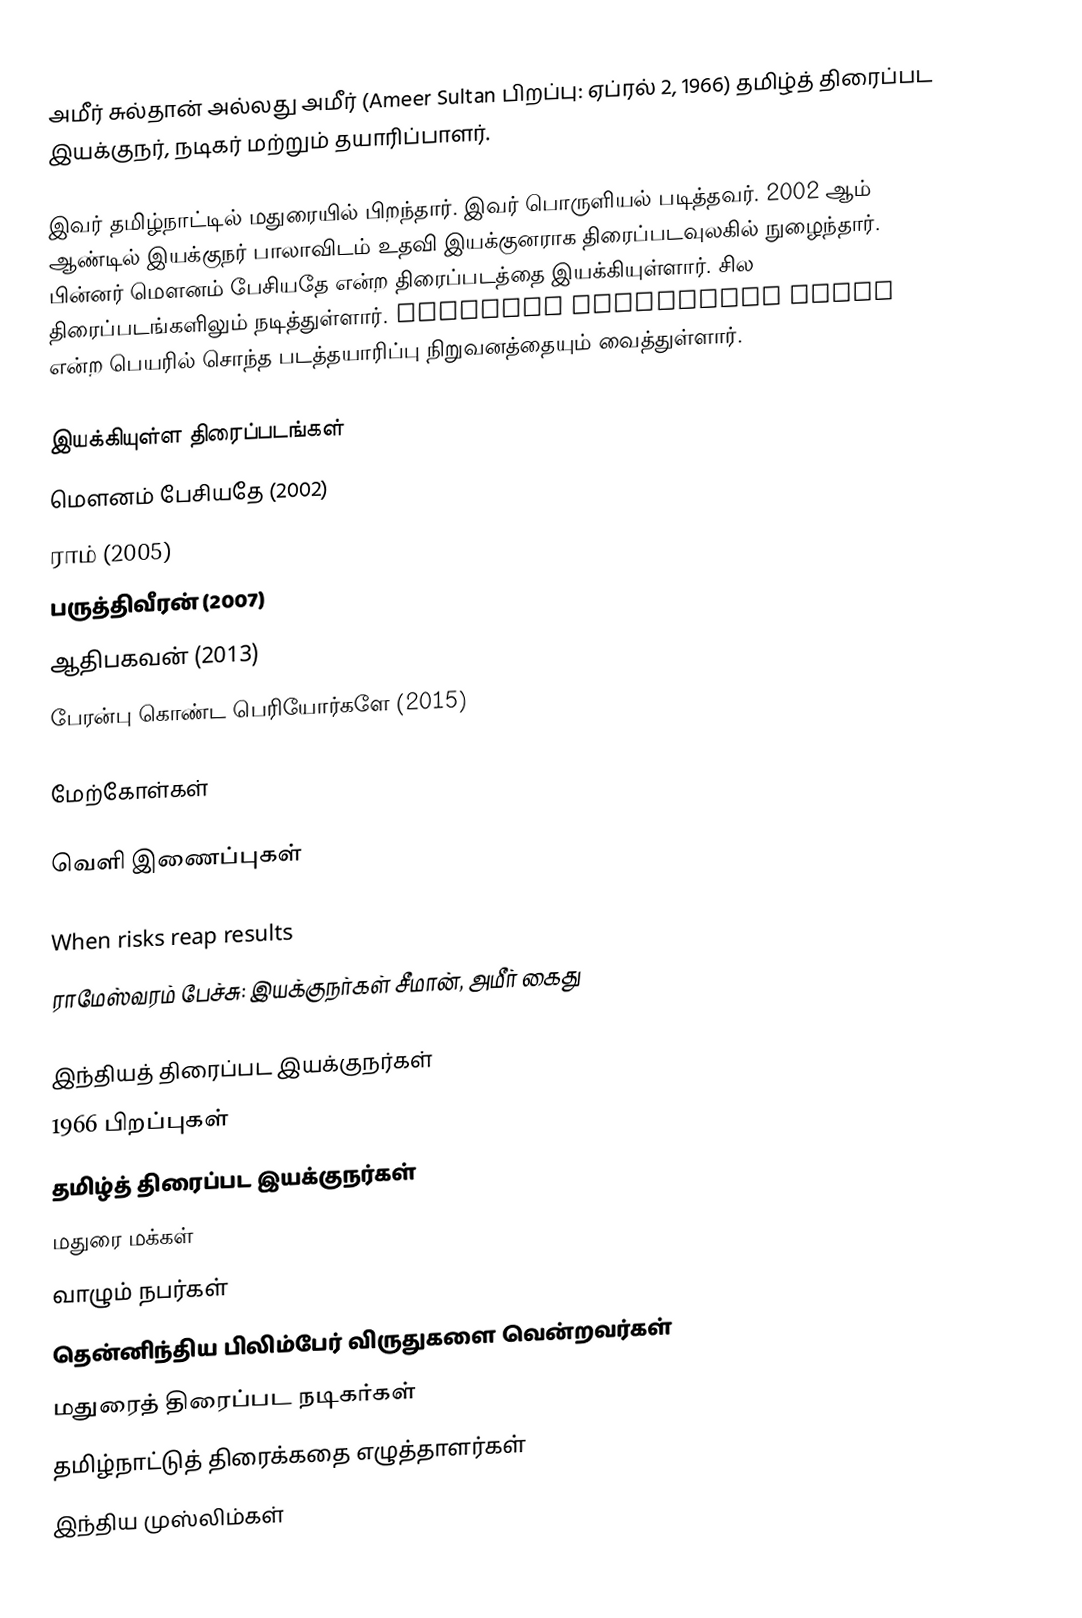
அமீர் சுல்தான் அல்லது அமீர் (Ameer Sultan பிறப்பு: ஏப்ரல் 2, 1966) தமிழ்த் திரைப்பட இயக்குநர், நடிகர் மற்றும் தயாரிப்பாளர்.

இவர் தமிழ்நாட்டில் மதுரையில் பிறந்தார். இவர் பொருளியல் படித்தவர். 2002 ஆம் ஆண்டில் இயக்குநர் பாலாவிடம் உதவி இயக்குனராக திரைப்படவுலகில் நுழைந்தார். பின்னர் மௌனம் பேசியதே என்ற திரைப்படத்தை இயக்கியுள்ளார். சில திரைப்படங்களிலும் நடித்துள்ளார். Teamwork Production House என்ற பெயரில் சொந்த படத்தயாரிப்பு நிறுவனத்தையும் வைத்துள்ளார்.

இயக்கியுள்ள திரைப்படங்கள்
 மௌனம் பேசியதே (2002)
 ராம் (2005)
 பருத்திவீரன் (2007)
 ஆதிபகவன் (2013)
 பேரன்பு கொண்ட பெரியோர்களே (2015)

மேற்கோள்கள்

வெளி இணைப்புகள்

 When risks reap results
 ராமேஸ்வரம் பேச்சு: இயக்குநர்கள் சீமான், அமீர் கைது

இந்தியத் திரைப்பட இயக்குநர்கள்
1966 பிறப்புகள்
தமிழ்த் திரைப்பட இயக்குநர்கள்
மதுரை மக்கள்
வாழும் நபர்கள்
தென்னிந்திய பிலிம்பேர் விருதுகளை வென்றவர்கள்
மதுரைத் திரைப்பட நடிகர்கள்
தமிழ்நாட்டுத் திரைக்கதை எழுத்தாளர்கள்
இந்திய முஸ்லிம்கள்